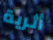
أثرية